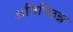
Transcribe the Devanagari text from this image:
अनिच्छिन्न